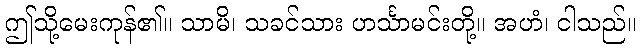
ဤသို့မေးကုန်၏။ သာမိ၊ သခင်သား ဟင်္သာမင်းတို့။ အဟံ၊ ငါသည်။